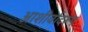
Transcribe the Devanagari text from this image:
आशीर्वादरूप